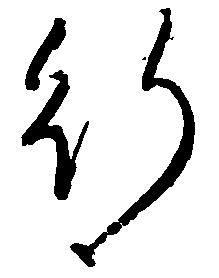
行